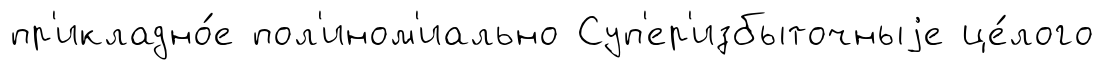
пр'икладно́е пол'ином'иально Суп'ер'избыточныjе це́лого